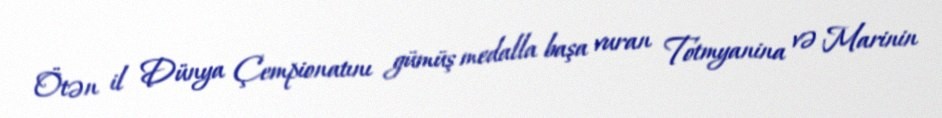
Ötən il Dünya Çempionatını gümüş medalla başa vuran Totmyanina və Marinin